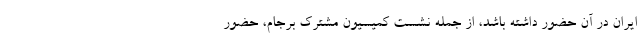
ایران در آن حضور داشته باشد، از جمله نشست کمیسیون مشترک برجام، حضور